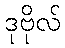
ဒုဗိုလ်